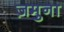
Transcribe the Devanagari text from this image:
ज़मुना